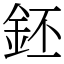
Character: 鉟